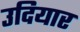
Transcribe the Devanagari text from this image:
उदियार